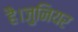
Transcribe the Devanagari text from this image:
है।जुनियर